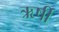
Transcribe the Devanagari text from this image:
ऋर्षी